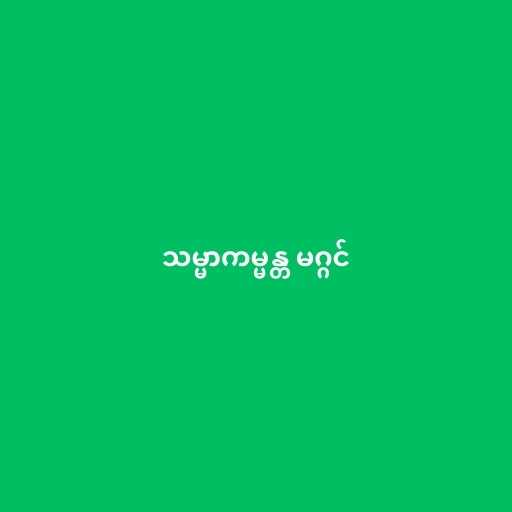
သမ္မာကမ္မန္တ မဂ္ဂင်